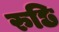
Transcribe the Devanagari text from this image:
रुछि